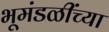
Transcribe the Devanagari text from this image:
भूमंडळींच्या